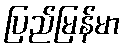
ပြည်မြန်မာ